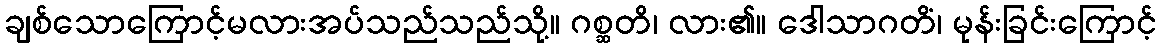
ချစ်သောကြောင့်မလားအပ်သည်သည်သို့။ ဂစ္ဆတိ၊ လား၏။ ဒေါသာဂတိံ၊ မုန်းခြင်းကြောင့်